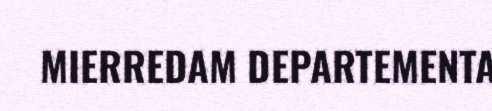
MIERREDAM DEPARTEMENTA